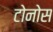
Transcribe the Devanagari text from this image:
टोनोस